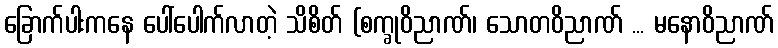
ခြောက်ပါးကနေ ပေါ်ပေါက်လာတဲ့ သိစိတ် (စက္ခုဝိညာဏ်၊ သောတဝိညာဏ် ... မနောဝိညာဏ်